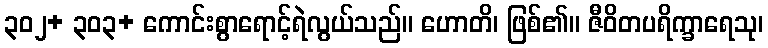
၃၀၂+ ၃၀၃+ ကောင်းစွာရောင့်ရဲလွယ်သည်။ ဟောတိ၊ ဖြစ်၏။ ဇီဝိတပရိက္ခာရေသု၊